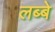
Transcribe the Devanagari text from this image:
लब्बे